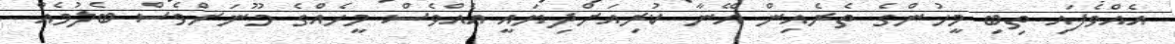
އެއްވެފައި ތިބި މީހުންގެ ތެރެއިން އޭނާ ކުރިއަށްދިޔައީ އެއްވެސް މީހެއްގެ މޫނަށްވެސް ބެލުމެއް